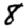
Digit: 8